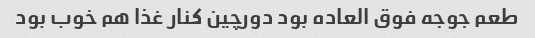
طعم جوجه فوق العاده بود دورچین کنار غذا هم خوب بود